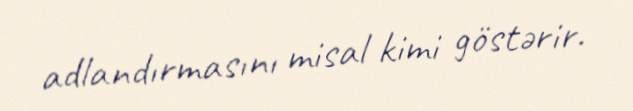
adlandırmasını misal kimi göstərir.